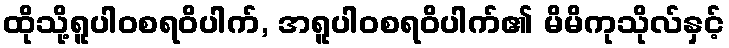
ထိုသို့ရူပါဝစရဝိပါက်, အရူပါဝစရဝိပါက်၏ မိမိကုသိုလ်နှင့်